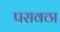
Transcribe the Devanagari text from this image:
परावठा